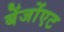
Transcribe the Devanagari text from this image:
बेंजोंएट